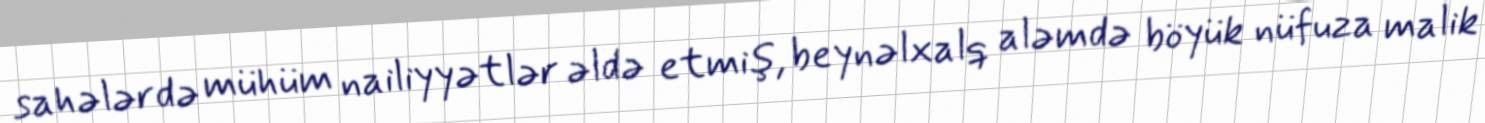
sahələrdə mühüm nailiyyətlər əldə etmiş, beynəlxalq aləmdə böyük nüfuza malik